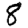
Digit: 8